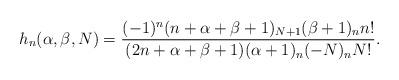
LaTeX: \begin{gather*}h_{n}(\alpha,\beta,N) = \frac{(-1)^n (n+\alpha +\beta +1)_{N+1} (\beta+1)_n n! }{ (2n+\alpha +\beta +1) (\alpha+1)_n (-N)_n N! }.\end{gather*}